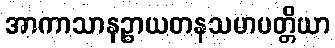
အာကာသာနဉ္စာယတနသမာပတ္တိယာ